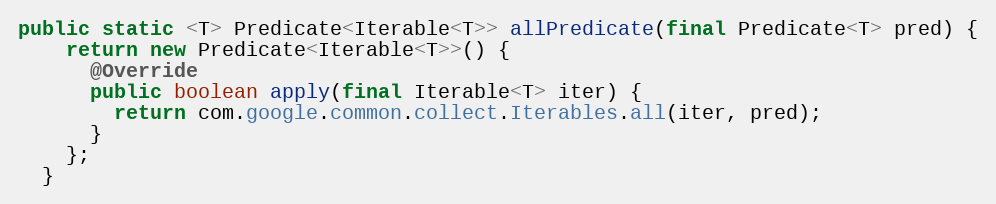
Language: Java
public static <T> Predicate<Iterable<T>> allPredicate(final Predicate<T> pred) {
    return new Predicate<Iterable<T>>() {
      @Override
      public boolean apply(final Iterable<T> iter) {
        return com.google.common.collect.Iterables.all(iter, pred);
      }
    };
  }